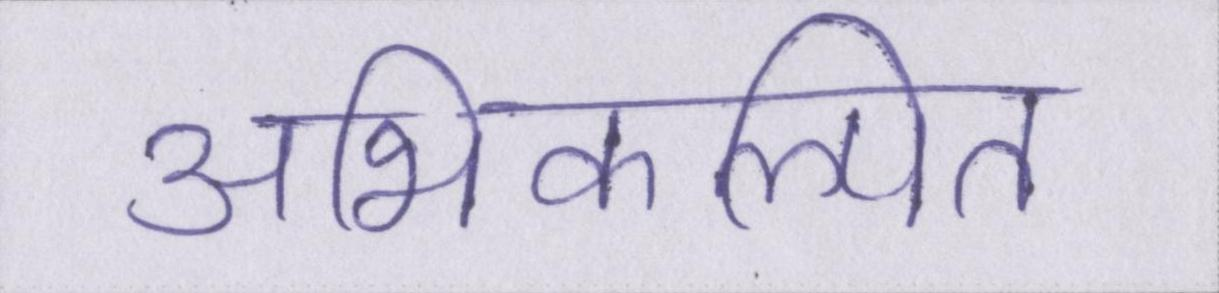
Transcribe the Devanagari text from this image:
अभिकल्पित